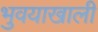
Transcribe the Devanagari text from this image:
भुवयाखाली